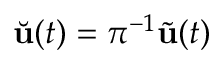
\Breve { \mathbf { u } } ( t ) = \pi ^ { - 1 } \tilde { \mathbf { u } } ( t )